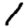
Digit: 1